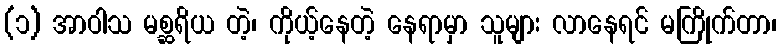
(၁) အာဝါသ မစ္ဆရိယ တဲ့၊ ကိုယ့်နေတဲ့ နေရာမှာ သူများ လာနေရင် မကြိုက်တာ၊